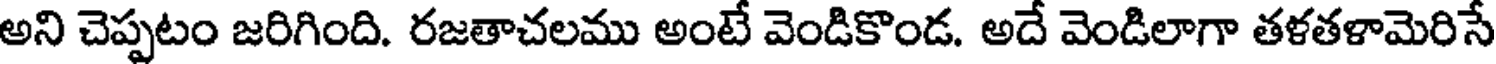
అని చెప్పటం జరిగింది. రజతాచలము అంటే వెండికొండ. అదే వెండిలాగా తళతళామెరిసే